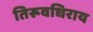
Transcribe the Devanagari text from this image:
तिरूवधिराय